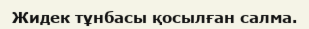
Жидек тұнбасы қосылған салма.